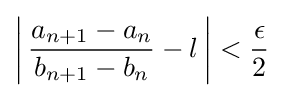
\left|\,{\frac {a_{n+1}-a_{n}}{b_{n+1}-b_{n}}}-l\,\right|<{\frac {\epsilon }{2}}